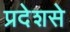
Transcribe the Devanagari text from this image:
प्रदेशसे